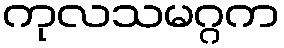
ကုလသမဂ္ဂက